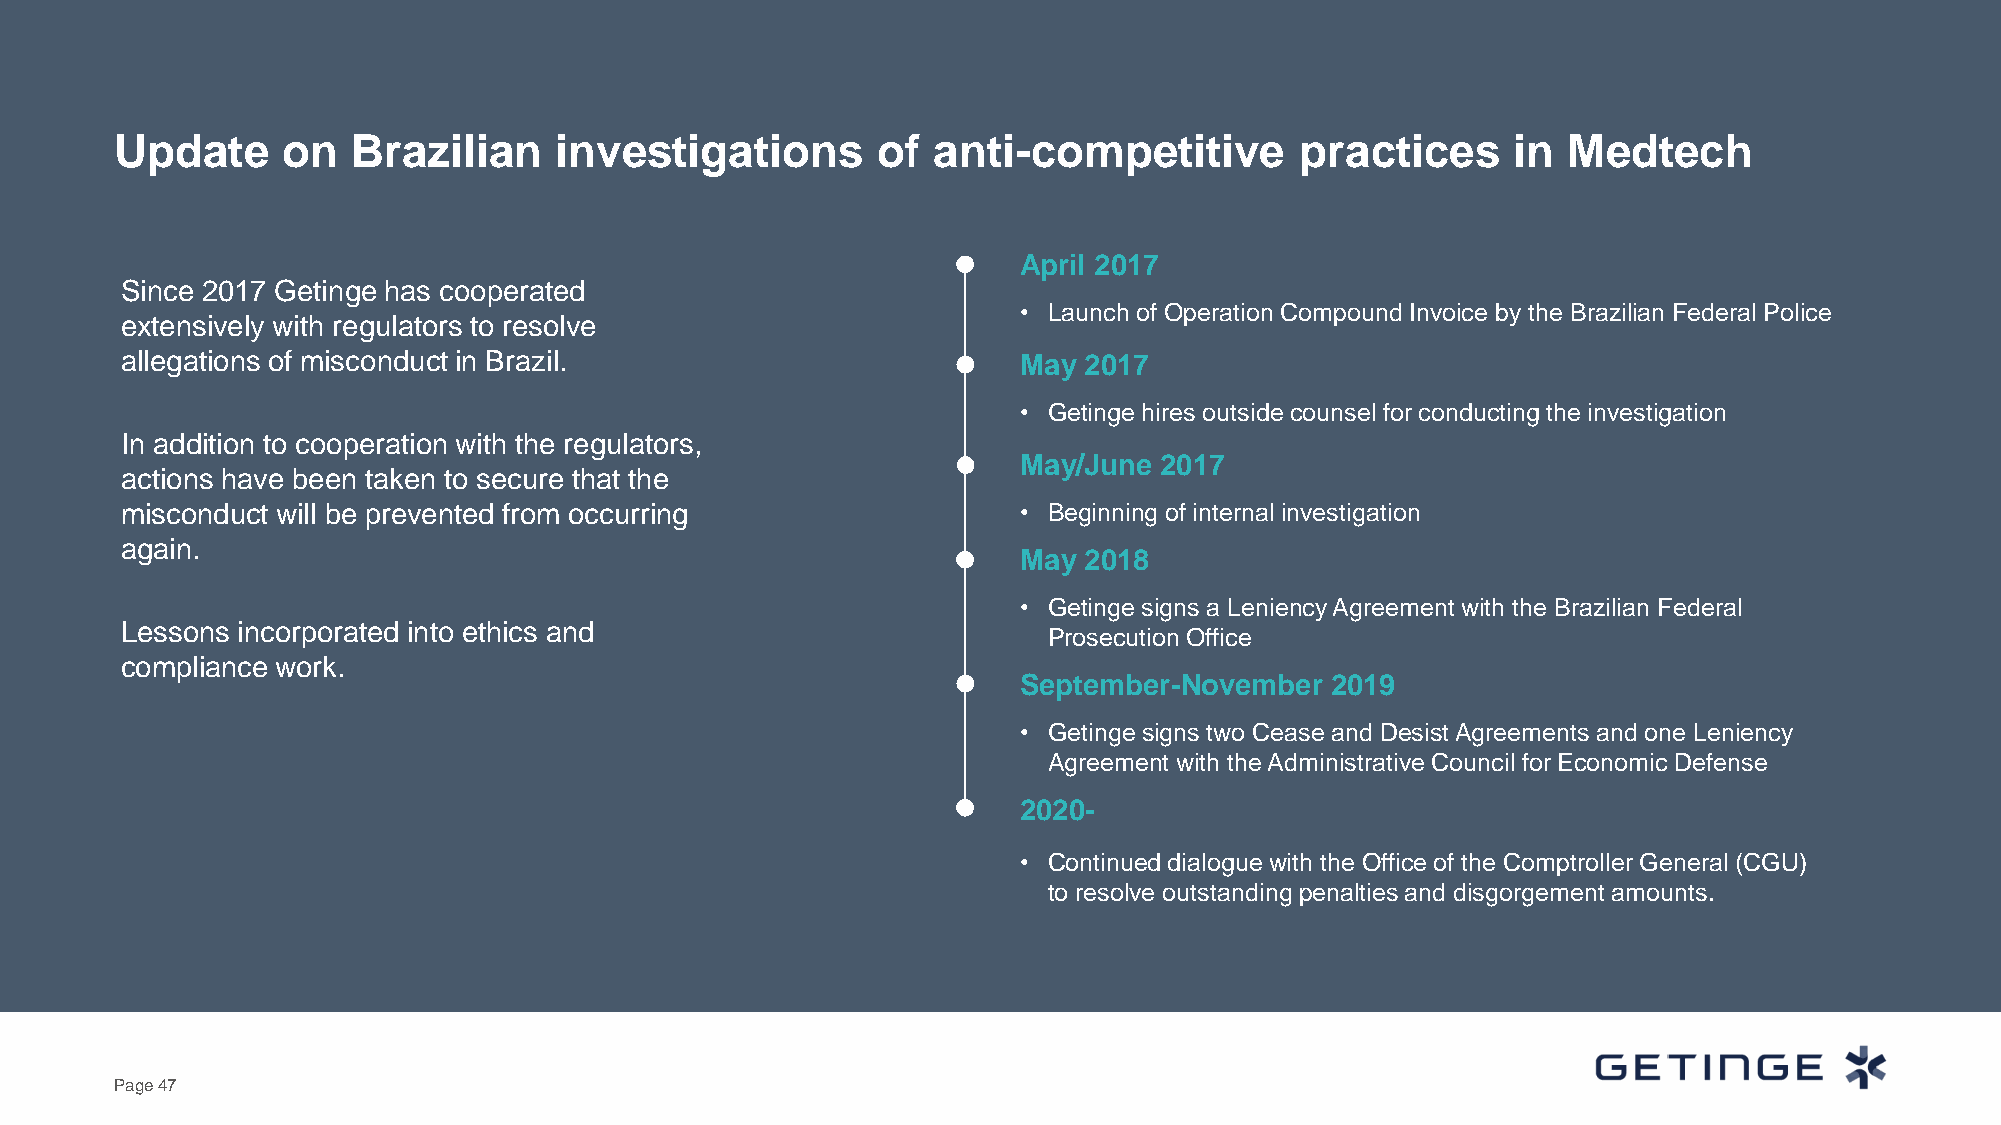
Update     on  Brazilian     investigations       of  anti-competitive        practices     in  Medtech
 April 2017
 Since 2017 Getinge has cooperated
 • Launch of Operation Compound Invoice by the Brazilian Federal Police
 extensively with regulators to resolve
 allegations of misconduct in Brazil.                       May  2017
 • Getinge hires outside counsel for conducting the investigation
 In addition to cooperation with the regulators,
 May/June  2017
 actions have been taken to secure that the
 misconduct will be prevented from occurring                • Beginning of internal investigation
 again.
 May  2018
 • Getinge signs a Leniency Agreement with the Brazilian Federal
 Lessons incorporated into ethics and
 Prosecution Office
 compliance work.
 September-November   2019
 • Getinge signs two Cease and Desist Agreements and one Leniency
 Agreement with the Administrative Council for Economic Defense
 2020-
 • Continued dialoguewith the Office of the Comptroller General (CGU)
 to resolve outstanding penalties and disgorgement amounts.
 Page 47